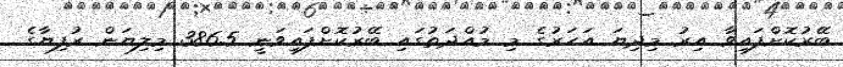
ބޭރުކޮށްފައިވާ އިރު މިދިޔަ އަހަރުގެ މި މުއްދަތުގައި ބޭރުކޮށްފައިވަނީ 386.5 މިލިޔަން ރުފިޔާގެ